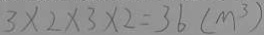
3 \times 2 \times 3 \times 2 = 3 6 ( m ^ { 3 } )